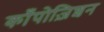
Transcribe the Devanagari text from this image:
काँपोज़िशन